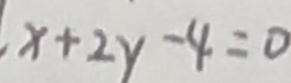
x + 2 y - 4 = 0